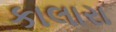
કાલારા